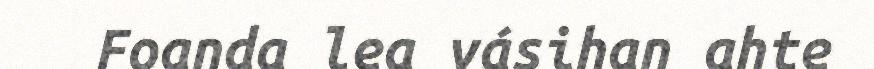
Foanda lea vásihan ahte